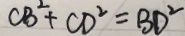
C B ^ { 2 } + C D ^ { 2 } = B D ^ { 2 }